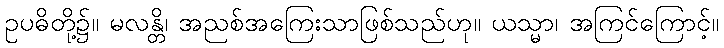
ဥပဓိတို့၌။ မလန္တိ၊ အညစ်အကြေးသာဖြစ်သည်ဟု။ ယသ္မာ၊ အကြင်ကြောင့်။